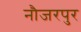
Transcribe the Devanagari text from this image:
नौजरपुर